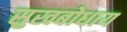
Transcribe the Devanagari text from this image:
सुखबोधाय